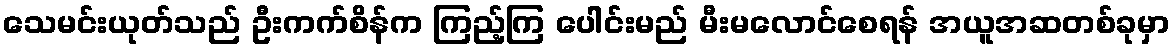
သေမင်းယုတ်သည် ဦးကက်စိန်က ကြည့်ကြ ပေါင်းမည် မီးမလောင်စေရန် အယူအဆတစ်ခုမှာ